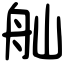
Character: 舢